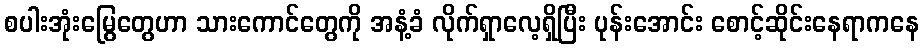
စပါးအုံးမြွေတွေဟာ သားကောင်တွေကို အနံ့ခံ လိုက်ရှာလေ့ရှိပြီး ပုန်းအောင်း စောင့်ဆိုင်းနေရာကနေ